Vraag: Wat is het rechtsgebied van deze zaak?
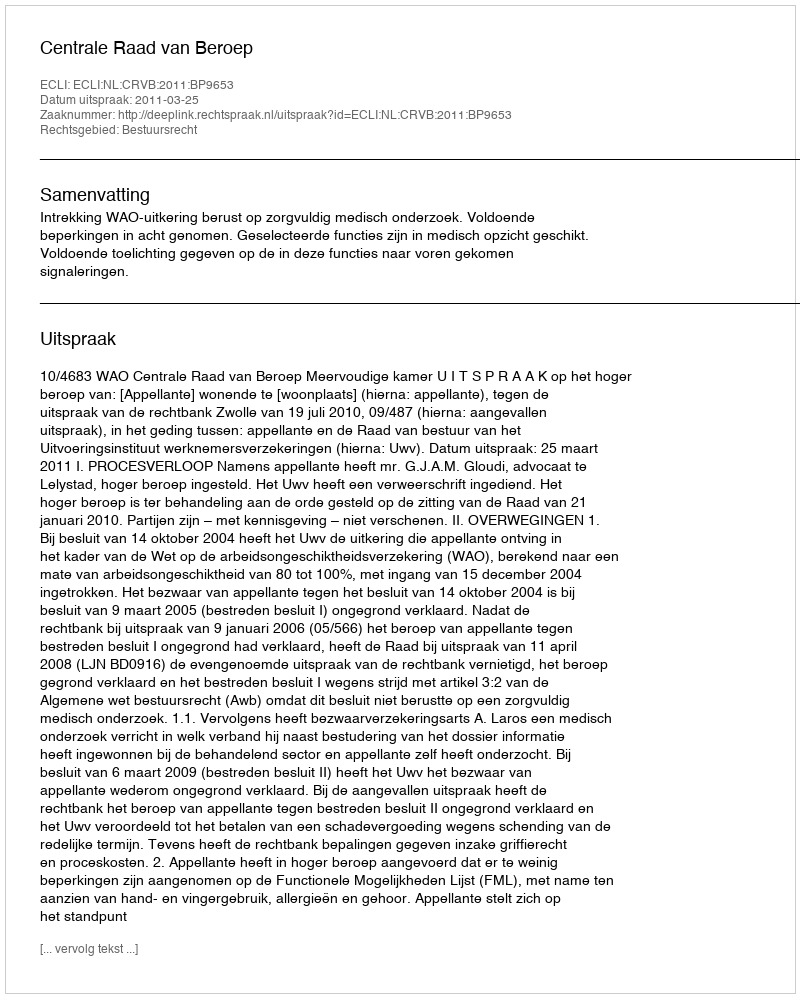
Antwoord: Bestuursrecht